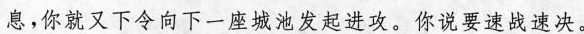
息，你就又下令向下一座城池发起进攻。你说要速战速决。